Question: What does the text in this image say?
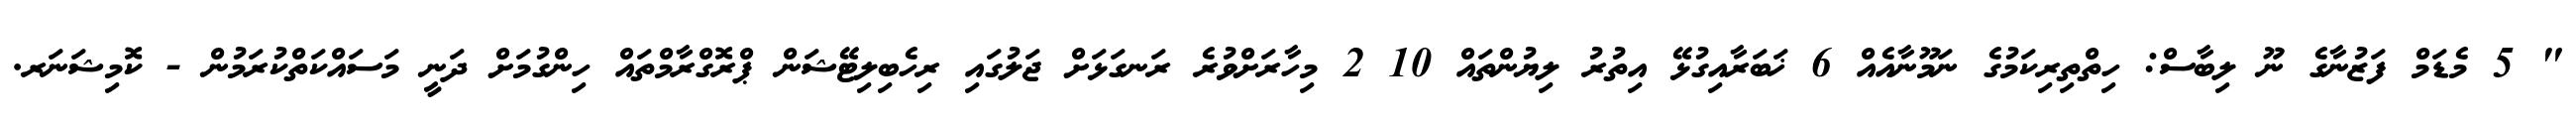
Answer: " 5 މެޑަމް ފަޒުނާގެ ނޫ ލިބާސް: ހިތްތިރިކަމުގެ ނަމޫނާއެއް 6 ޚަބަރާއިގުޅޭ އިތުރު ލިޔުންތައް 10 2 މިހާރަށްވުރެ ރަނގަޅަށް ޖަލުގައި ރިހެބިލިޓޭޝަން ޕްރޮގްރާމްތައް ހިންގުމަށް ދަނީ މަސައްކަތްކުރަމުން - ކޮމިޝަނަރ.